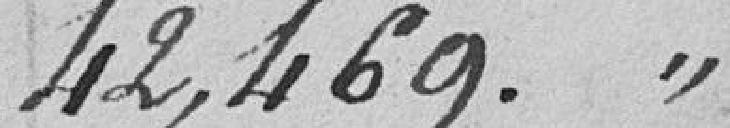
42,469